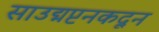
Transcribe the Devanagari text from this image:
साउद्मप्टनकदून